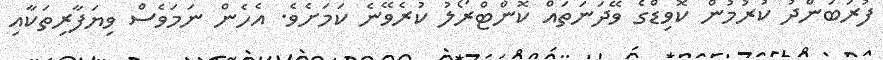
ފުރަބަންދު ކުރުމުން ކޮވިޑްގެ ވޭދަނަތައް ކޮންޓްރޯލު ކުރެވޭނެ ކަމަށެވެ. އެހެން ނަމަވެސް ވިޔަފާރިތަކާއި